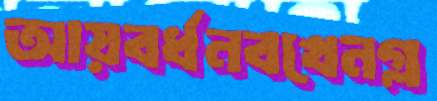
আয়বর্ধনবখেনগ্ল